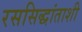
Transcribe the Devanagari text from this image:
रससिद्धांताशी